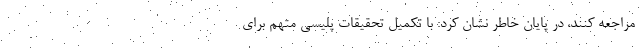
مراجعه کنند، در پایان خاطر نشان کرد: با تکمیل تحقیقات پلیسی متهم برای